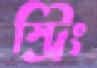
স্ট্রিং